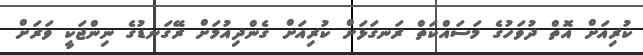
ކުރިއަށް އޮތް ދުވަހުގެ މަސައްކަތް ރަނގަޅަށް ކުރިއަށް ގެންދިއުމަށް ރޭގަނޑުގެ ނިންޖަކީ ވަރަށް